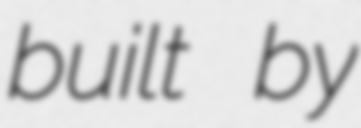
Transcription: built by